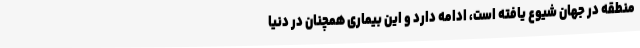
منطقه در جهان شیوع یافته است، ادامه دارد و این بیماری همچنان در دنیا